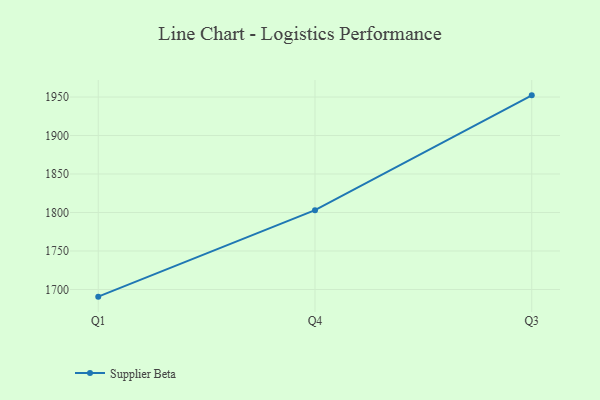
{"axis": {"x": "Quarter", "y": "Churn Rate (%)"}, "legend": ["Supplier Beta"], "data": [{"x": "Q1", "y": 1690.7, "type": "Supplier Beta"}, {"x": "Q4", "y": 1803.0, "type": "Supplier Beta"}, {"x": "Q3", "y": 1952.2, "type": "Supplier Beta"}]}